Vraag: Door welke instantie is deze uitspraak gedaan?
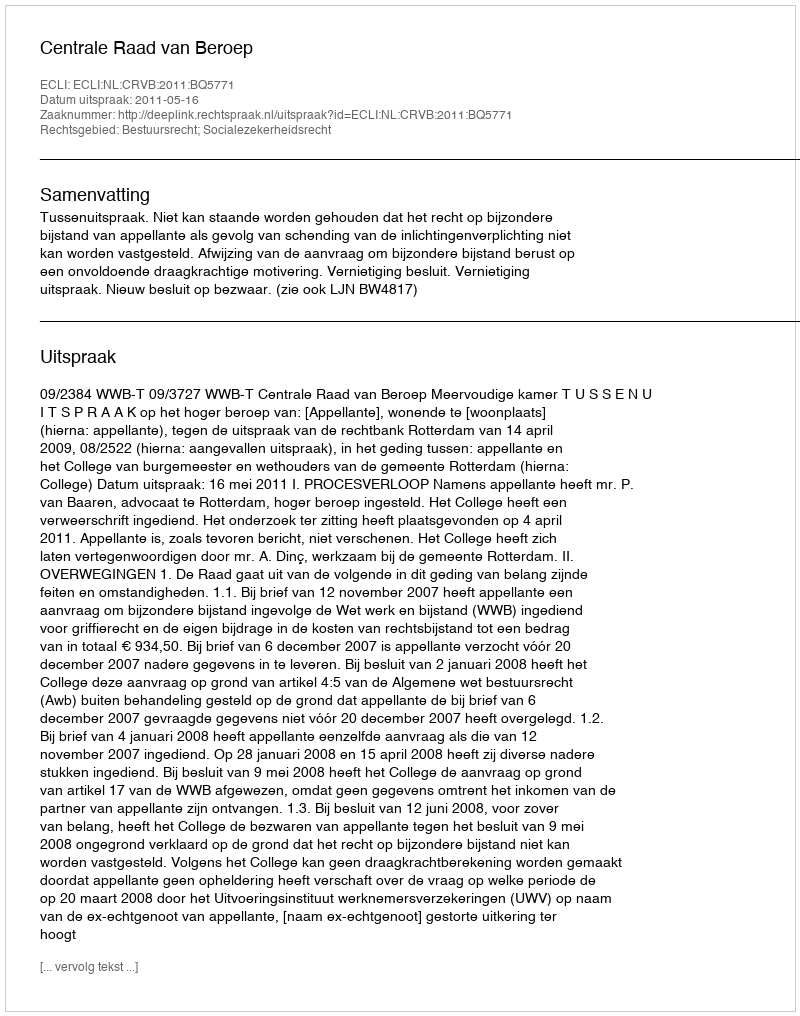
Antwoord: Centrale Raad van Beroep